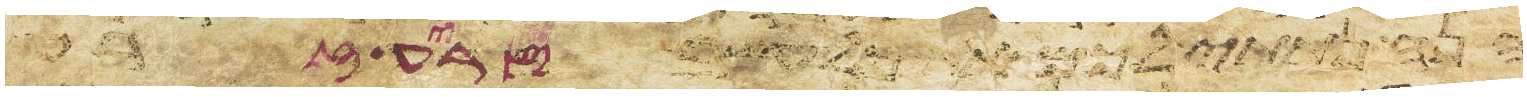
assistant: הנה נתתי לכם את כל עשב זרע זרע